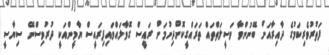
ފަތުރުވެރިކަމުގެ ދާއިރާއަށް ބޭނުންވާ ވަސީލަތްތައް ތަރައްގީކޮށްދިނުމަށް ރައީސް ގޮވާލައްވައިފިރައީސް ޔާމީންއަކީ ދުރުވިސްނޭ ސިޔާސީ